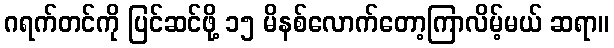
ဂရက်တင်ကို ပြင်ဆင်ဖို့ ၁၅ မိနစ်လောက်တော့ကြာလိမ့်မယ် ဆရာ။